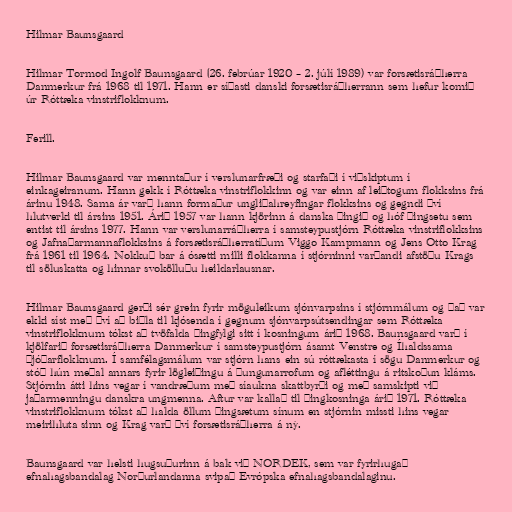
Hilmar Baunsgaard

Hilmar Tormod Ingolf Baunsgaard (26. febrúar 1920 – 2. júlí 1989) var forsætisráðherra
Danmerkur frá 1968 til 1971. Hann er síðasti danski forsætisráðherrann sem hefur komið
úr Róttæka vinstriflokknum.

Ferill.

Hilmar Baunsgaard var menntaður í verslunarfræði og starfaði í viðskiptum í
einkageiranum. Hann gekk í Róttæka vinstriflokkinn og var einn af leiðtogum flokksins frá
árinu 1948. Sama ár varð hann formaður ungliðahreyfingar flokksins og gegndi því
hlutverki til ársins 1951. Árið 1957 var hann kjörinn á danska þingið og hóf þingsetu sem
entist til ársins 1977. Hann var verslunarráðherra í samsteypustjórn Róttæka vinstriflokksins
og Jafnaðarmannaflokksins á forsætisráðherratíðum Viggo Kampmann og Jens Otto Krag
frá 1961 til 1964. Nokkuð bar á ósætti milli flokkanna í stjórninni varðandi afstöðu Krags
til söluskatta og hinnar svokölluðu heildarlausnar.

Hilmar Baunsgaard gerði sér grein fyrir möguleikum sjónvarpsins í stjórnmálum og það var
ekki síst með því að biðla til kjósenda í gegnum sjónvarpsútsendingar sem Róttæka
vinstriflokknum tókst að tvöfalda þingfylgi sitt í kosningum árið 1968. Baunsgaard varð í
kjölfarið forsætisráðherra Danmerkur í samsteypustjórn ásamt Venstre og Íhaldssama
þjóðarflokknum. Í samfélagsmálum var stjórn hans ein sú róttækasta í sögu Danmerkur og
stóð hún meðal annars fyrir lögleiðingu á þungunarrofum og afléttingu á ritskoðun kláms.
Stjórnin átti hins vegar í vandræðum með síaukna skattbyrði og með samskipti við
jaðarmenningu danskra ungmenna. Aftur var kallað til þingkosninga árið 1971. Róttæka
vinstriflokknum tókst að halda öllum þingsætum sínum en stjórnin missti hins vegar
meirihluta sinn og Krag varð því forsætisráðherra á ný.

Baunsgaard var helsti hugsuðurinn á bak við NORDEK, sem var fyrirhugað
efnahagsbandalag Norðurlandanna svipað Evrópska efnahagsbandalaginu.